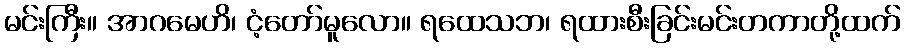
မင်းကြီး။ အာဂမေဟိ၊ ငံ့တော်မူလော။ ရထေသဘ၊ ရထားစီးခြင်းမင်းတကာတို့ထက်